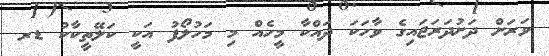
ވަރަށް ދަށުދަރަޖައިގެ ވާހަކަ ދައްކާ މީހެއް މި މަހުލޯފު އަކީ ކަލޭތީކާކު ޑރ